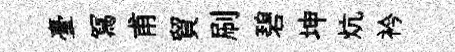
臺冩甫貿刷碧坤炕衿